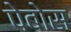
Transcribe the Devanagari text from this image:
पेबोस